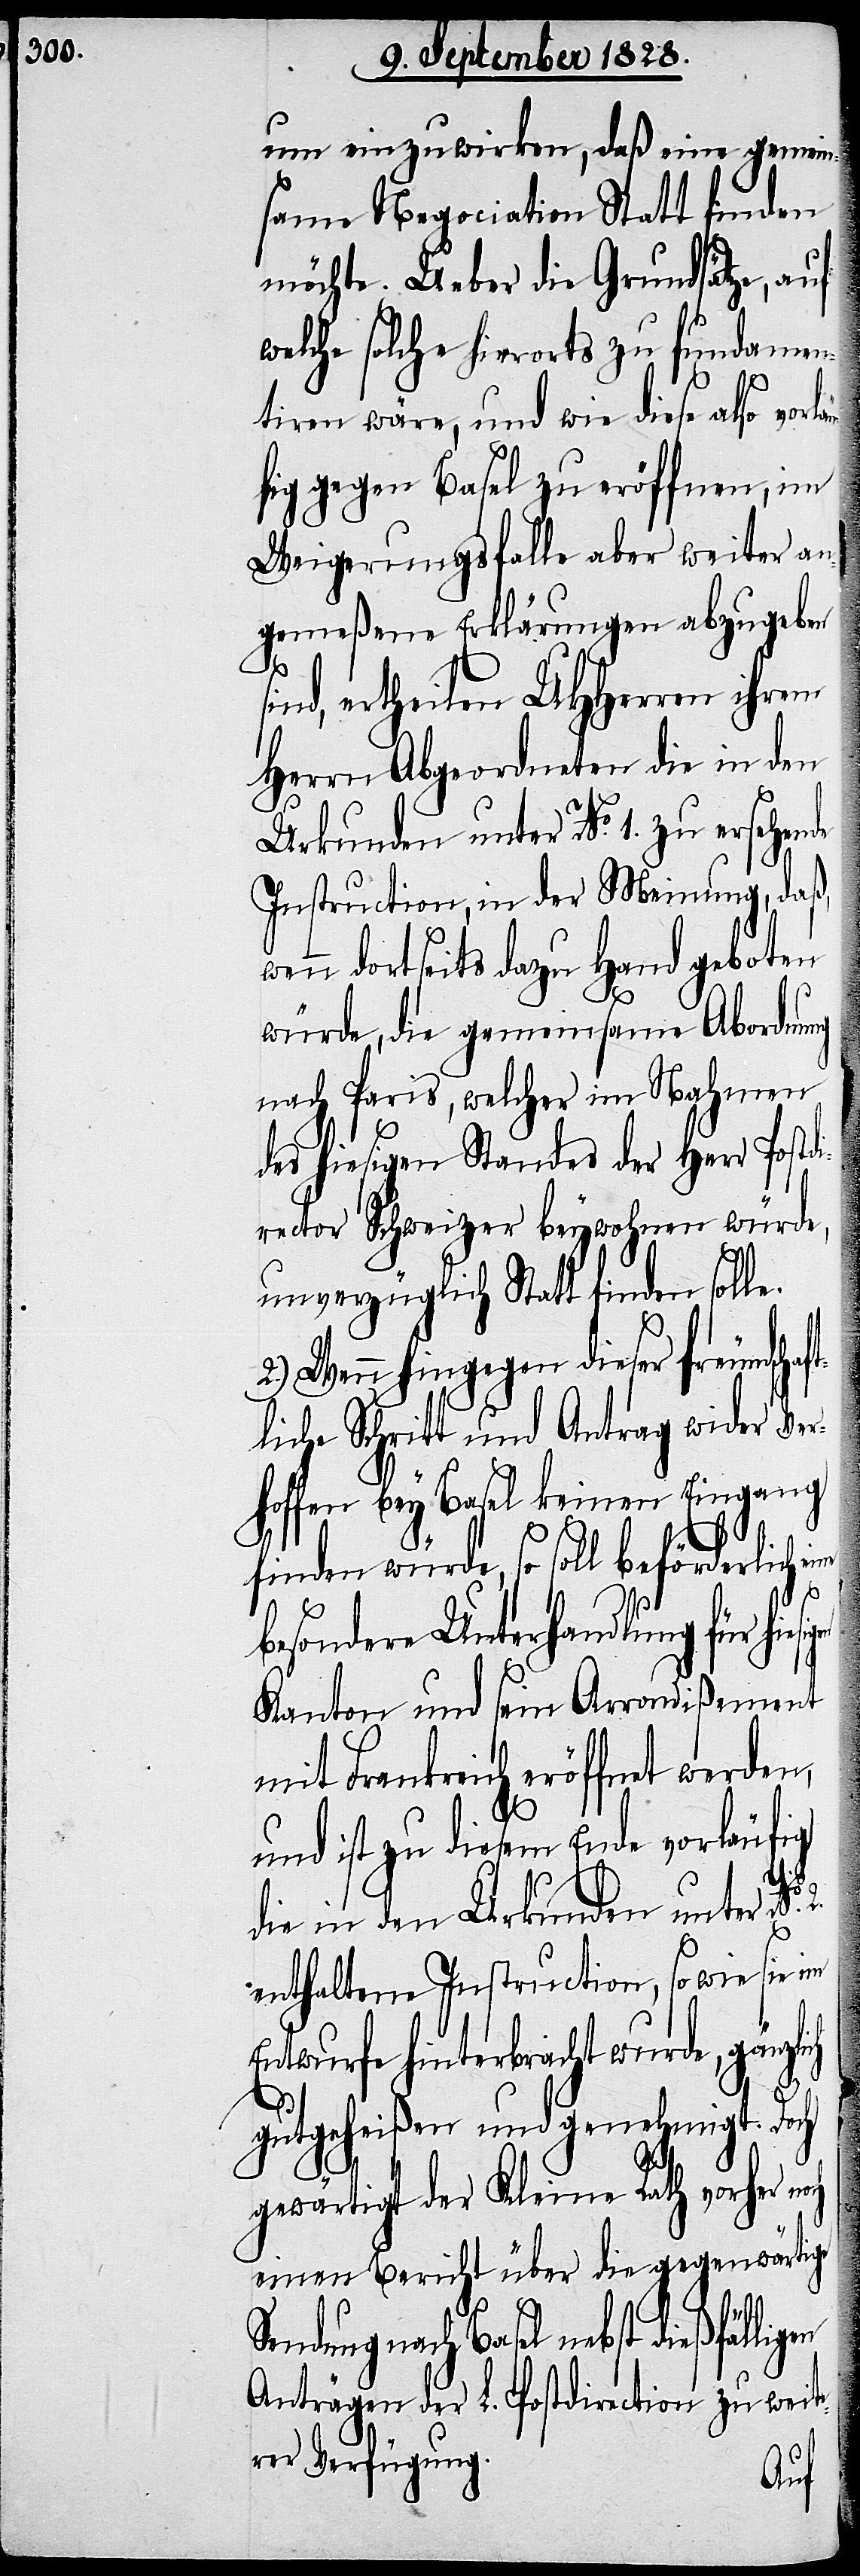
we¬
um einzuwirken, daß eine gemein¬
same Negociation Statt finden
möchte. Ueber die Grundsätze, auf
welche solche hierorts zu fundamen¬
tiren wäre, und wie diese also vorl¬
fig gegen Basel zu eröffnen, im
Weigerungsfalle aber weiter an¬
gemeßene Erklärungen abzugeben
sind, ertheilen UHHerren ihrem
Herrn Abgeordneten die in den
Urkunden unter No. 1. zu ersehende
Instruction, in der Meinung, daß,
nn dortseits dazu Hand geboten
würde, die gemeinsame Abordnung
nach Paris, welcher im Nahmen
des hiesigen Standes der Herr Postd¬
irector Schweizer beywohnen würde,
unverzüglich Statt finden soll¬
2.) Wenn hingegen dieser freundsch¬
liche Schritt und Antrag wider Ve¬
rhoffen bey Basel keinen Eingang
finden würde, so soll beförderlich
och
besondere Unterhandlung für hie¬
Kanton und sein Arrondißement
mit Frankreich eröffnet werden,
und ist zu diesem Ende vorläufig
die in den Urkunden unter No. 2.
enthaltene Instruction, so wie sie im
Entwurfe hinterbracht wurde, gänzl¬
gutgeheißen und genehmigt. Doch
gewärtigt der Kleine Rath vorher n¬
einen Bericht über die gegenwärtige
Sendung nach Basel nebst
Anträgen der L. Postdirection zu weite¬
rer Verfügung.